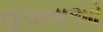
સૂચનાઓ